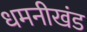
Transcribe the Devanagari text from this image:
धमनीखंड